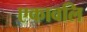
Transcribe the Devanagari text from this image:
एकावलि